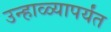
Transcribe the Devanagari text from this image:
उन्हाळ्यापर्यंत